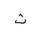
Letter: _tha